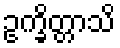
ဥက္ခိတ္တာသိ